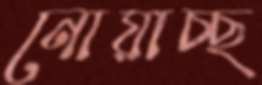
নোয়াচ্ছ